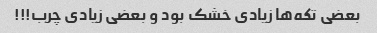
بعضی تکه‌ها زیادی خشک بود و بعضی زیادی چرب!!!